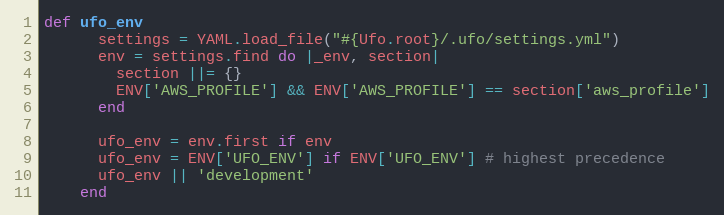
Language: Ruby
def ufo_env
      settings = YAML.load_file("#{Ufo.root}/.ufo/settings.yml")
      env = settings.find do |_env, section|
        section ||= {}
        ENV['AWS_PROFILE'] && ENV['AWS_PROFILE'] == section['aws_profile']
      end

      ufo_env = env.first if env
      ufo_env = ENV['UFO_ENV'] if ENV['UFO_ENV'] # highest precedence
      ufo_env || 'development'
    end